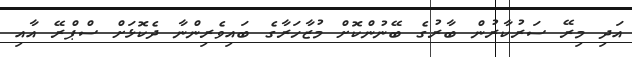
އަދި މިރޭ ސަރުކާރުން ބާރުގެ ބޭނުންކޮށް މުޒާހަރާގެ ބައިވެރިންނާ ދެކޮޅަށް ސްޕްރޭ އާއި